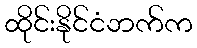
ထိုင်းနိုင်ငံဘက်က